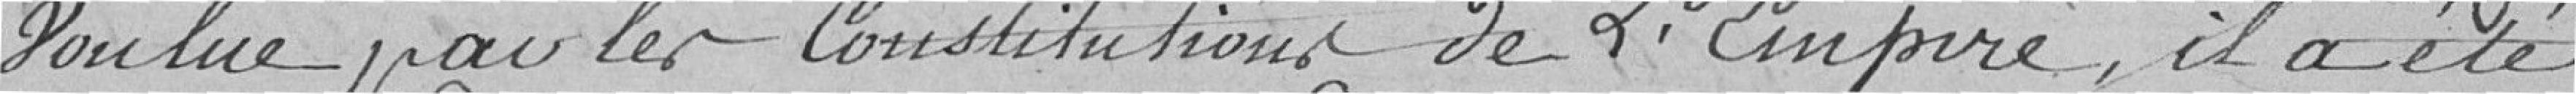
voulue par les constitutions de l'Empire, il a été